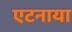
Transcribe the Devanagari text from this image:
एटनाया